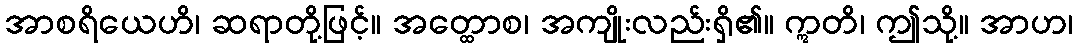
အာစရိယေဟိ၊ ဆရာတို့ဖြင့်။ အတ္ထောစ၊ အကျိုးလည်းရှိ၏။ ဣတိ၊ ဤသို့။ အာဟ၊